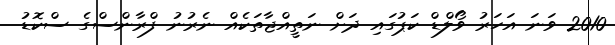
2010 ވަނަ އަހަރު ވޯލްޑް ކަޕުގައި ދަށް ނަތީއްޖާތަކެއް ނެރުނު ފްރާންސްގެ ސްކޮޑު